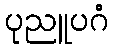
ပုညူပဂံ